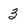
Character: 3